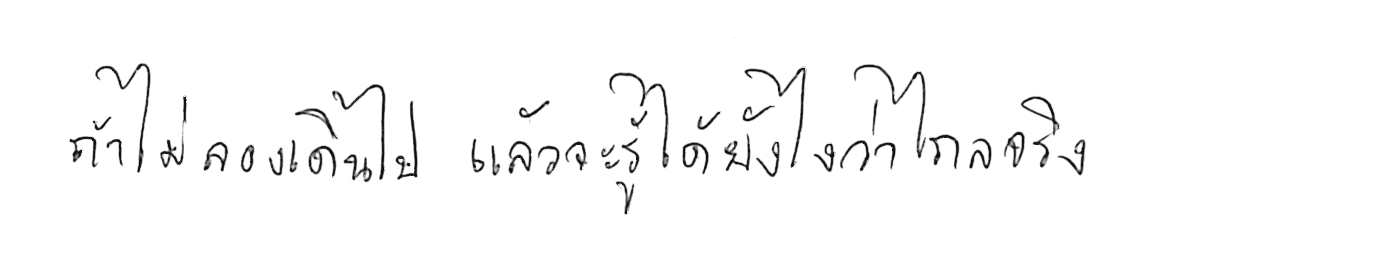
ถ้าไม่ลองเดินไป แล้วจะรู้ได้ยังไงว่าไกลจริง